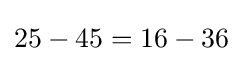
25-45=16-36